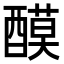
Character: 𨢢